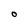
Character: O